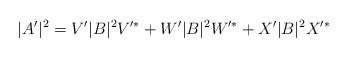
LaTeX: \begin{align*}|A'|^2=V'|B|^2V'^* + W'|B|^2W'^* +X'|B|^2X'^* \end{align*}